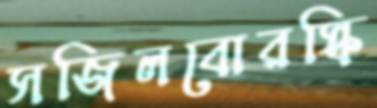
সজিলবোরস্কি